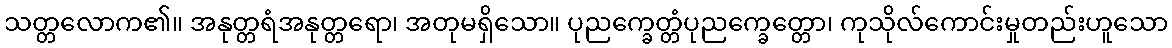
သတ္တလောက၏။ အနုတ္တရံအနုတ္တရော၊ အတုမရှိသော။ ပုညက္ခေတ္တံပုညက္ခေတ္တော၊ ကုသိုလ်ကောင်းမှုတည်းဟူသော